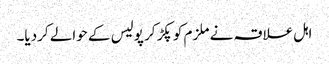
اہل علاقہ نے ملزم کو پکڑ کر پولیس کے حوالے کردیا۔